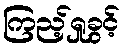
ကြည့်ရှုခွင့်